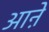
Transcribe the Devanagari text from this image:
आऩे